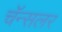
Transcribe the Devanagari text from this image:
चॅन्सलर